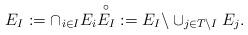
LaTeX: \begin{align*}E_{I}:=\cap_{i\in I} E_{i} \overset{\circ}{E_{I}}:=E_{I}\backslash\cup_{j\in T\backslash I}E_{j}.\end{align*}